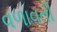
વળાવતી